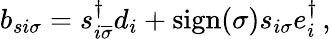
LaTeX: \begin{array}{r}{b_{si\sigma}=s_{i\overline{{\sigma}}}^{\dagger}d_{i}+\mathrm{sign}(\sigma)s_{i\sigma}e_{i}^{\dagger}\, ,}\end{array}